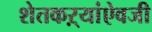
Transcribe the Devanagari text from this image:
शेतकऱ्यांऐवजी